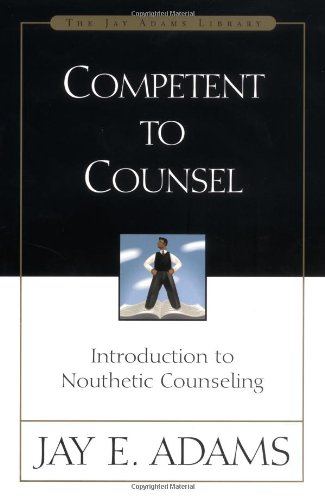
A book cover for Competent to Counsel; Jay E. Adams; Christian Books & Bibles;